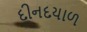
દીનદયાળ